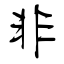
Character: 非